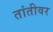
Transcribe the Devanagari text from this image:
तांतीवर